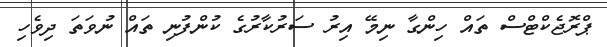
ޕްރޮޖެކްޓްސް ތައް ހިންގާ ނިމޭ އިރު ސަރުކާރުގެ ކުންފުނި ތައް ނުވަތަ ދިވެހި